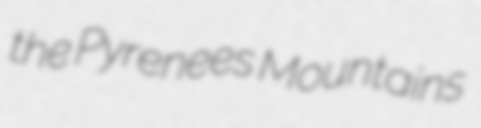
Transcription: the Pyrenees Mountains